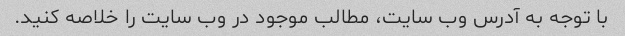
با توجه به آدرس وب سایت، مطالب موجود در وب سایت را خلاصه کنید.